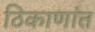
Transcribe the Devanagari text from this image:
ठिकाणांत